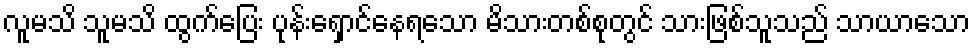
လူမသိ သူမသိ ထွက်ပြေး ပုန်းရှောင်နေရသော မိသားတစ်စုတွင် သားဖြစ်သူသည် သာယာသော